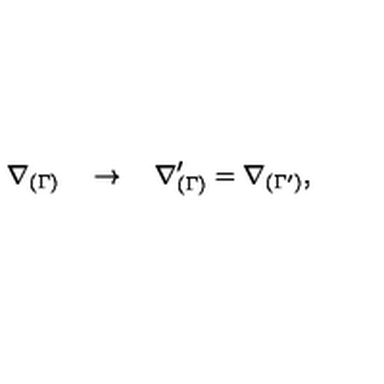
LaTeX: \nabla _ { ( \Gamma ) } \quad \rightarrow \quad \nabla _ { ( \Gamma ) } ^ { \prime } = \nabla _ { ( \Gamma ^ { \prime } ) } ,